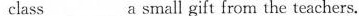
class ___a small gift from the teachers.